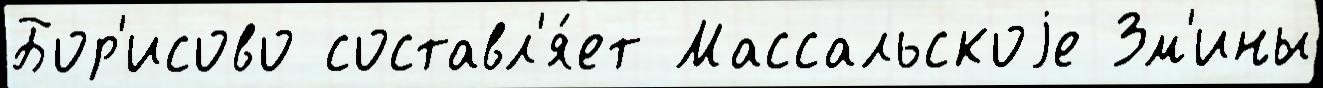
Бор'исово составл'я́ет Массальскоjе Зм'ины